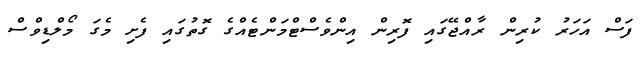
ފަސް އަހަރު ކުރިން ރާއްޖޭގައި ފޮރިން އިންވެސްޓްމަންޓެއްގެ ގޮތުގައި ފެށި މެގަ މޯލްޑިވްސް